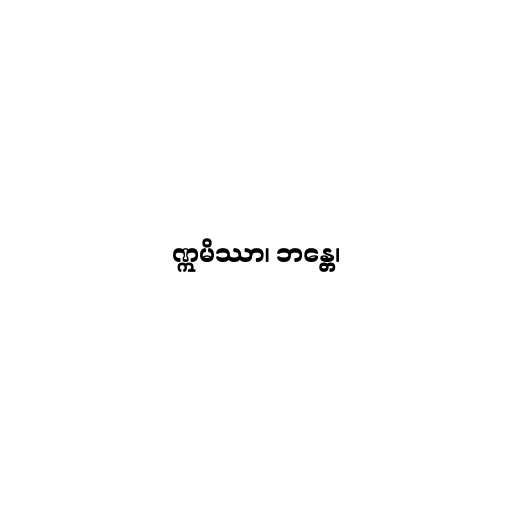
ဣမိဿာ၊ ဘန္တေ၊